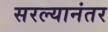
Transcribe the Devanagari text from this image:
सरल्यानंतर